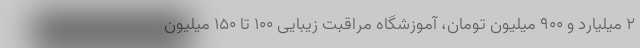
۲ میلیارد و ۹۰۰ میلیون تومان، آموزشگاه مراقبت زیبایی ۱۰۰ تا ۱۵۰ میلیون